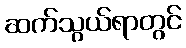
ဆက်သွယ်ရာတွင်